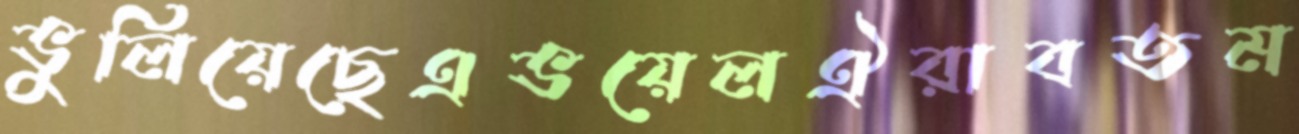
ভুলিয়েছেএভয়েলঐরাবতম